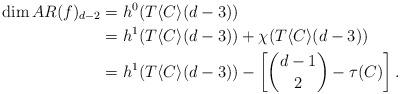
LaTeX: \begin{align*}\dim AR(f)_{d-2} &= h^0(T\langle C\rangle(d-3)) \\&=h^1(T\langle C\rangle(d-3))+\chi(T\langle C\rangle(d-3)) \\&=h^1(T\langle C\rangle(d-3))- \left[{d-1 \choose 2}- \tau(C)\right].\end{align*}